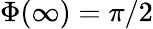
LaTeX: \Phi(\infty)=\pi/2